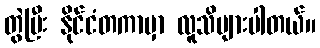
တွဲပြီး နိုင်ငံတကာမှာ လူသိများပါတယ်။